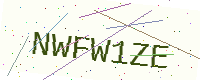
Text: NWFW1ZE